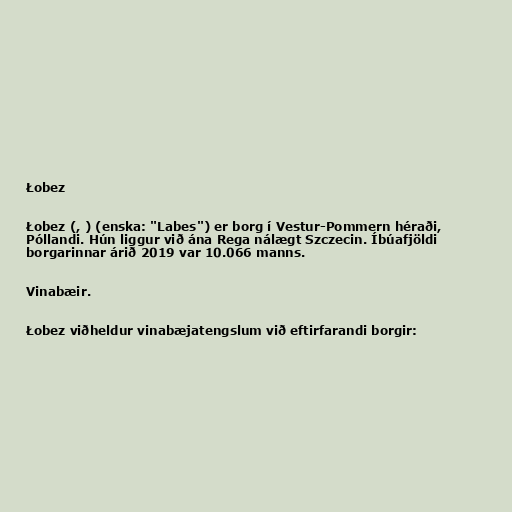
Łobez

Łobez (, ) (enska: "Labes") er borg í Vestur-Pommern héraði,
Póllandi. Hún liggur við ána Rega nálægt Szczecin. Íbúafjöldi
borgarinnar árið 2019 var 10.066 manns.

Vinabæir.

Łobez viðheldur vinabæjatengslum við eftirfarandi borgir: